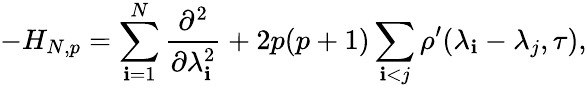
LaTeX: -H_{N,p}=\sum_{\mathbf{i}=1}^{N}\frac{{\partial^{2}}}{{\partial\lambda_{\mathbf{i}}^{2}}}+2p(p+1)\sum_{\mathbf{i}<j}\rho^{\prime}(\lambda_{\mathbf{i}}-\lambda_{j},\tau),